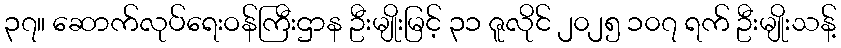
၃၇။ ဆောက်လုပ်ရေးဝန်ကြီးဌာန ဦးမျိုးမြင့် ၃၁ ဇူလိုင် ၂၀၂၅ ၁၀၇ ရက် ဦးမျိုးသန့်